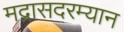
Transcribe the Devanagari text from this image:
मद्रासदरम्यान